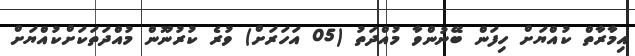
އިމާރާތް ކުއްޔަށް ހިފަން ބޭނުންވާ މުއްދަތު (05 އަހަރަށް) ވުރެ ކުރުނޫން މުއްދަތަކަށްކުއްޔަށް